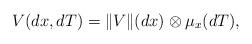
LaTeX: \begin{align*}V(dx,dT)= \|V\|(dx)\otimes \mu_x(dT),\end{align*}